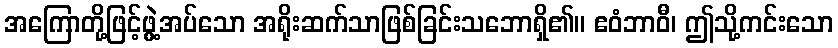
အကြောတို့ဖြင့်ဖွဲ့အပ်သော အရိုးဆက်သာဖြစ်ခြင်းသဘောရှိ၏။ ဧဝံဘာဝီ၊ ဤသို့ကင်းသော